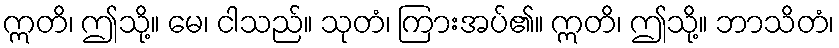
ဣတိ၊ ဤသို့။ မေ၊ ငါသည်။ သုတံ၊ ကြားအပ်၏။ ဣတိ၊ ဤသို့။ ဘာသိတံ၊